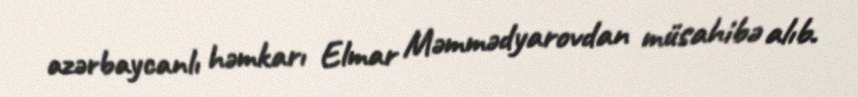
azərbaycanlı həmkarı Elmar Məmmədyarovdan müsahibə alıb.